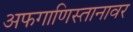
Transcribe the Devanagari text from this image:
अफगाणिस्तानावर